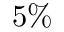
5 \%